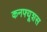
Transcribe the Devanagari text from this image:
कनफ्यूशस